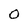
Character: O